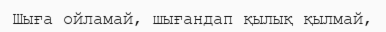
Шыға ойламай, шығандап қылық қылмай,